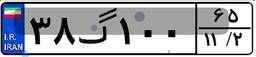
۳۸گ۱۰۰۶۵